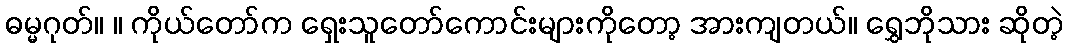
ဓမ္မဂုတ်။ ။ ကိုယ်တော်က ရှေးသူတော်ကောင်းများကိုတော့ အားကျတယ်။ ရွှေဘိုသား ဆိုတဲ့